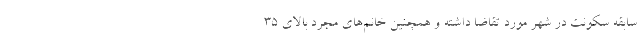
سابقه سکونت در شهر مورد تقاضا داشته و همچنین خانم‌های مجرد بالای ۳۵